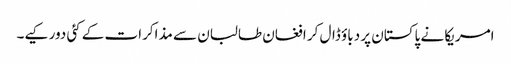
امریکا نے پاکستان پر دباؤ ڈال کر افغان طالبان سے مذاکرات کے کئی دور کیے۔